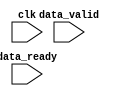
module timing_control_sync(
    input wire clk,
    input wire data_valid,
    input wire data_ready,
    // add additional input and output ports as needed
);

    // Insert Verilog code for timing control and synchronization block here

endmodule